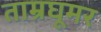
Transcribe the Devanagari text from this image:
ताम्रघूमर